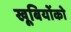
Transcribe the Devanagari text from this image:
खूबियोंको